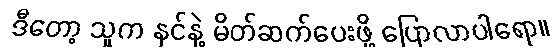
ဒီတော့ သူက နင်နဲ့ မိတ်ဆက်ပေးဖို့ ပြောလာပါရော။